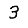
Digit: 3